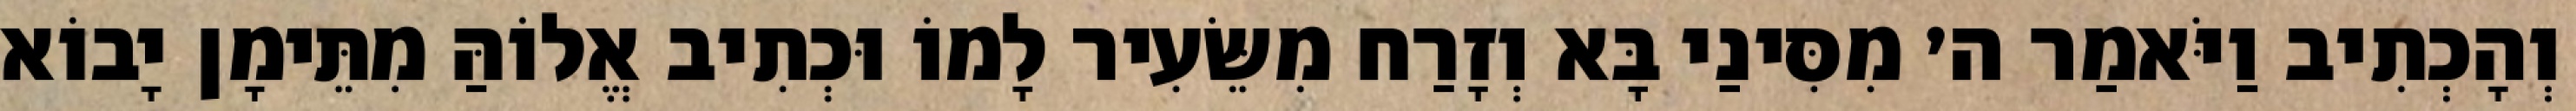
וְהָכְתִיב וַיֹּאמַר ה׳ מִסִּינַי בָּא וְזָרַח מִשֵּׂעִיר לָמוֹ וּכְתִיב אֱלוֹהַּ מִתֵּימָן יָבוֹא